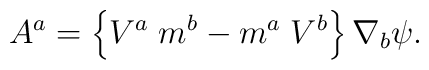
A^a = \left\{ V^a \; m^b - m^a \; V^b \right\} \nabla_b \psi.